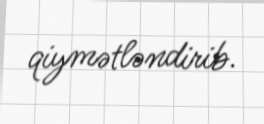
qiymətləndirib.